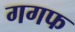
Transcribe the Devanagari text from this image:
गगफ